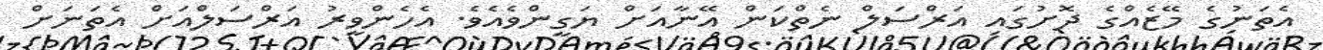
އެތަނުގެ މޭޒެއްގެ ދޮށުގައި އަރްސަލް ނެތްކަން އޭނާއަށް ޔަގީންވެއެވެ. އެހެންވީރު އަރްސަލްއަށް އެތަނަށް